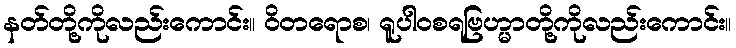
နတ်တို့ကိုလည်းကောင်း။ ဝိတရောစ၊ ရူပါဝစရဗြဟ္မာတို့ကိုလည်းကောင်း။